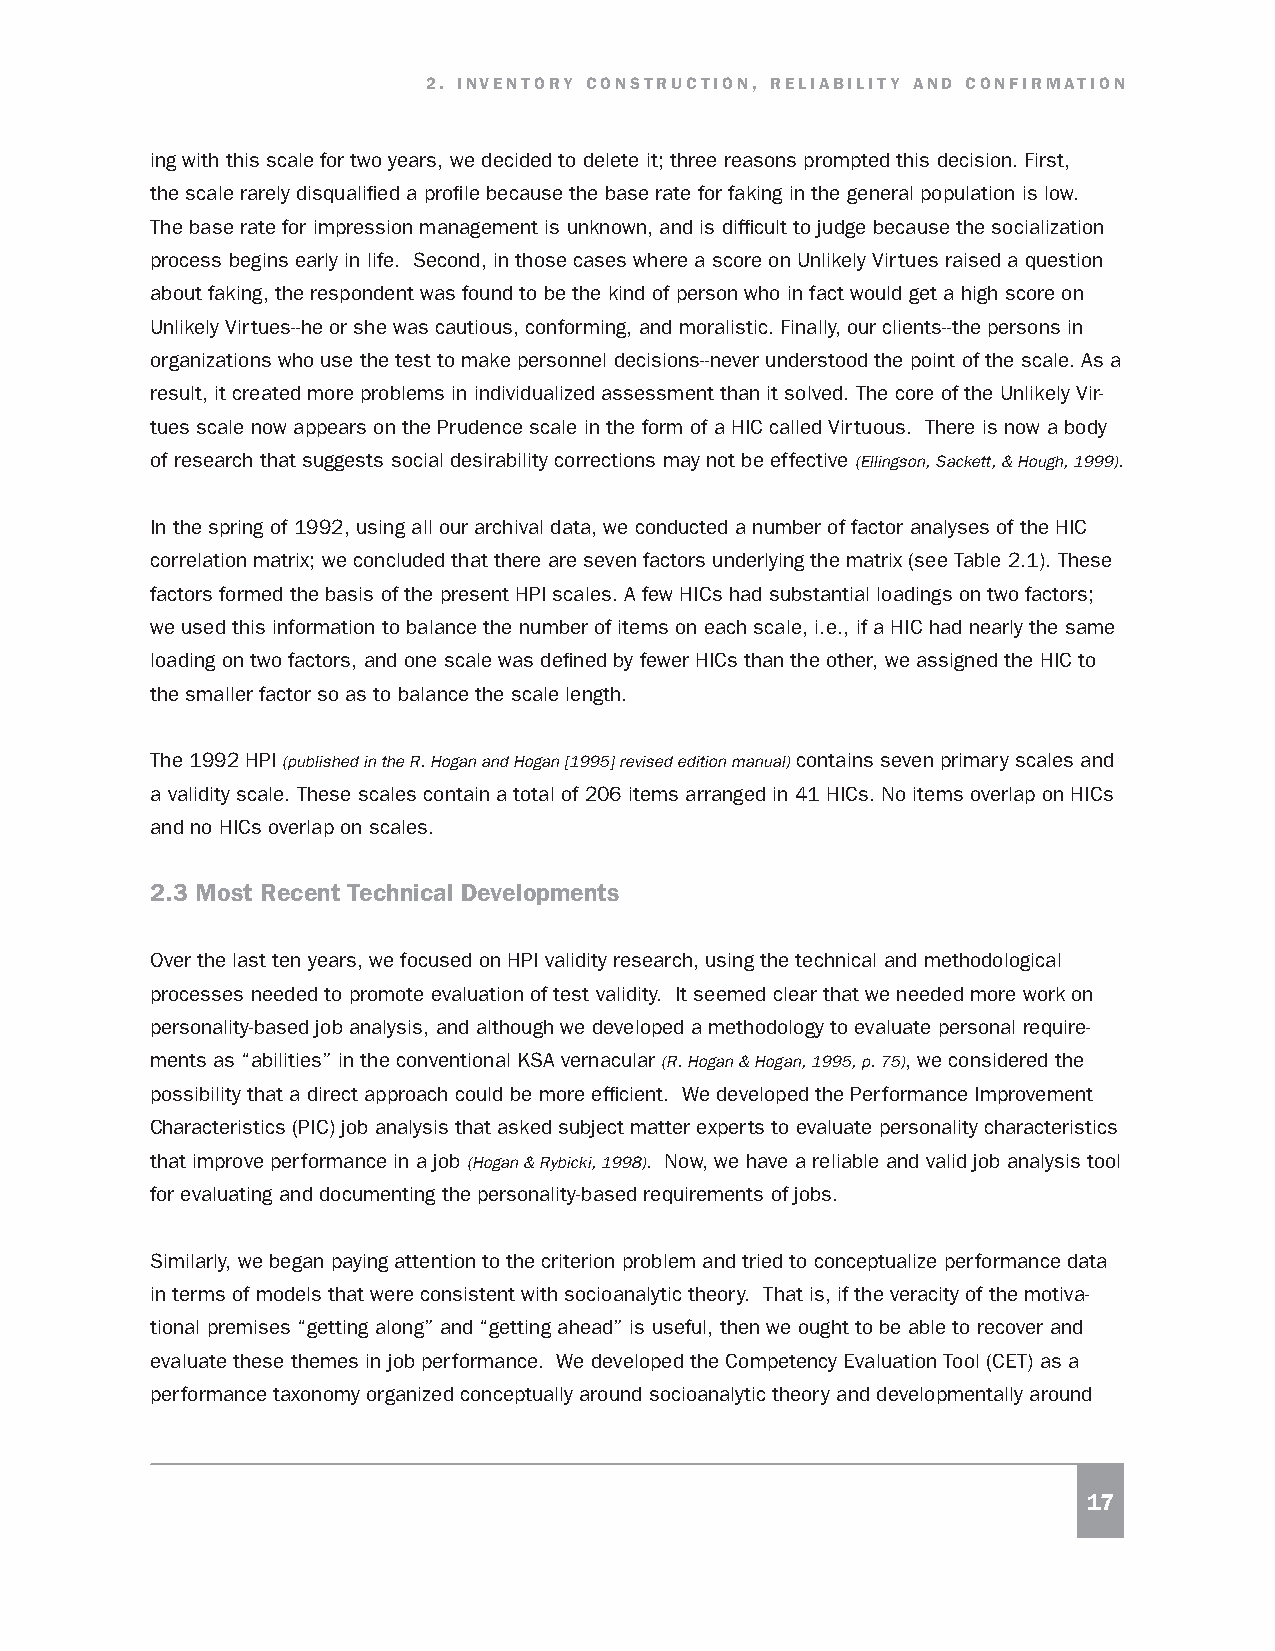
2. INVENTORY CONSTRUCTION, RELIABILITY AND CONFIRMATION
 ing with this scale for two years, we decided to delete it; three reasons prompted this decision. First,
 the scale rarely disqualified a profile because the base rate for faking in the general population is low.
 The base rate for impression management is unknown, and is difficult to judge because the socialization
 process begins early in life. Second, in those cases where a score on Unlikely Virtues raised a question
 about faking, the respondent was found to be the kind of person who in fact would get a high score on
 Unlikely Virtues--he or she was cautious, conforming, and moralistic. Finally, our clients--the persons in
 organizations who use the test to make personnel decisions--never understood the point of the scale. As a
 result, it created more problems in individualized assessment than it solved. The core of the Unlikely Vir-
 tues scale now appears on the Prudence scale in the form of a HIC called Virtuous. There is now a body
 of research that suggests social desirability corrections may not be effective (Ellingson, Sackett, & Hough, 1999).
 In the spring of 1992, using all our archival data, we conducted a number of factor analyses of the HIC
 correlation matrix; we concluded that there are seven factors underlying the matrix (see Table 2.1). These
 factors formed the basis of the present HPI scales. A few HICs had substantial loadings on two factors;
 we used this information to balance the number of items on each scale, i.e., if a HIC had nearly the same
 loading on two factors, and one scale was defined by fewer HICs than the other, we assigned the HIC to
 the smaller factor so as to balance the scale length.
 The 1992 HPI (published in the R. Hogan and Hogan [1995] revised edition manual) contains seven primary scales and
 a validity scale. These scales contain a total of 206 items arranged in 41 HICs. No items overlap on HICs
 and no HICs overlap on scales.
 2.3 Most Recent Technical Developments
 Over the last ten years, we focused on HPI validity research, using the technical and methodological
 processes needed to promote evaluation of test validity. It seemed clear that we needed more work on
 personality-based job analysis, and although we developed a methodology to evaluate personal require-
 ments as “abilities” in the conventional KSA vernacular (R. Hogan & Hogan, 1995, p. 75), we considered the
 possibility that a direct approach could be more efficient. We developed the Performance Improvement
 Characteristics (PIC) job analysis that asked subject matter experts to evaluate personality characteristics
 that improve performance in a job (Hogan & Rybicki, 1998). Now, we have a reliable and valid job analysis tool
 for evaluating and documenting the personality-based requirements of jobs.
 Similarly, we began paying attention to the criterion problem and tried to conceptualize performance data
 in terms of models that were consistent with socioanalytic theory. That is, if the veracity of the motiva-
 tional premises “getting along” and “getting ahead” is useful, then we ought to be able to recover and
 evaluate these themes in job performance. We developed the Competency Evaluation Tool (CET) as a
 performance taxonomy organized conceptually around socioanalytic theory and developmentally around
 17